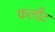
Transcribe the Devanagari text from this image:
फलीट